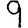
Digit: 9